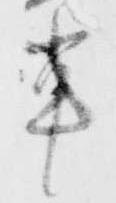
輩